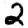
Digit: 2